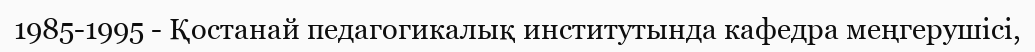
1985-1995 - Қостанай педагогикалық институтында кафедра меңгерушісі,